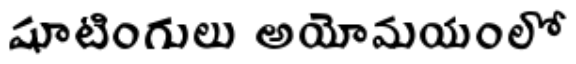
షూటింగులు అయోమయంలో